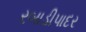
રબાડીપાદર